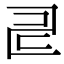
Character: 𠃬